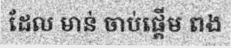
ដែល មាន់ ចាប់ផ្តើម ពង